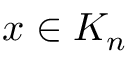
x \in K _ { n }